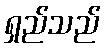
ရှည်သည်